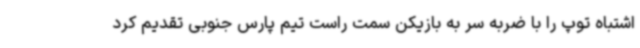
اشتباه توپ را با ضربه سر به بازیکن سمت راست تیم پارس جنوبی تقدیم کرد